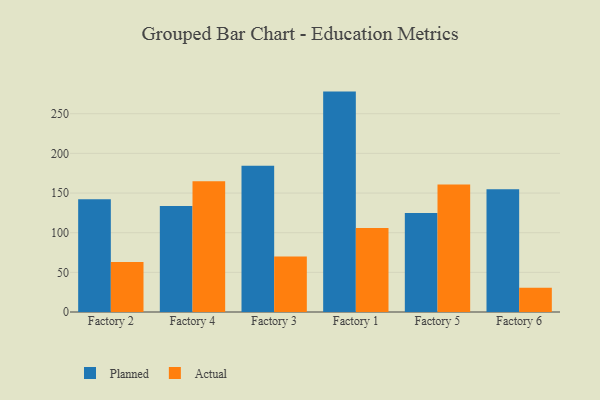
{"axis": {"x": "Factory", "y": "LTV (USD)"}, "legend": ["Actual", "Planned"], "data": [{"x": "Factory 2", "y": 142.2, "type": "Planned"}, {"x": "Factory 2", "y": 63.0, "type": "Actual"}, {"x": "Factory 4", "y": 133.5, "type": "Planned"}, {"x": "Factory 4", "y": 164.9, "type": "Actual"}, {"x": "Factory 3", "y": 184.3, "type": "Planned"}, {"x": "Factory 3", "y": 70.1, "type": "Actual"}, {"x": "Factory 1", "y": 277.9, "type": "Planned"}, {"x": "Factory 1", "y": 105.8, "type": "Actual"}, {"x": "Factory 5", "y": 124.8, "type": "Planned"}, {"x": "Factory 5", "y": 160.8, "type": "Actual"}, {"x": "Factory 6", "y": 154.7, "type": "Planned"}, {"x": "Factory 6", "y": 30.7, "type": "Actual"}]}